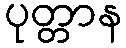
ပုတ္တာန